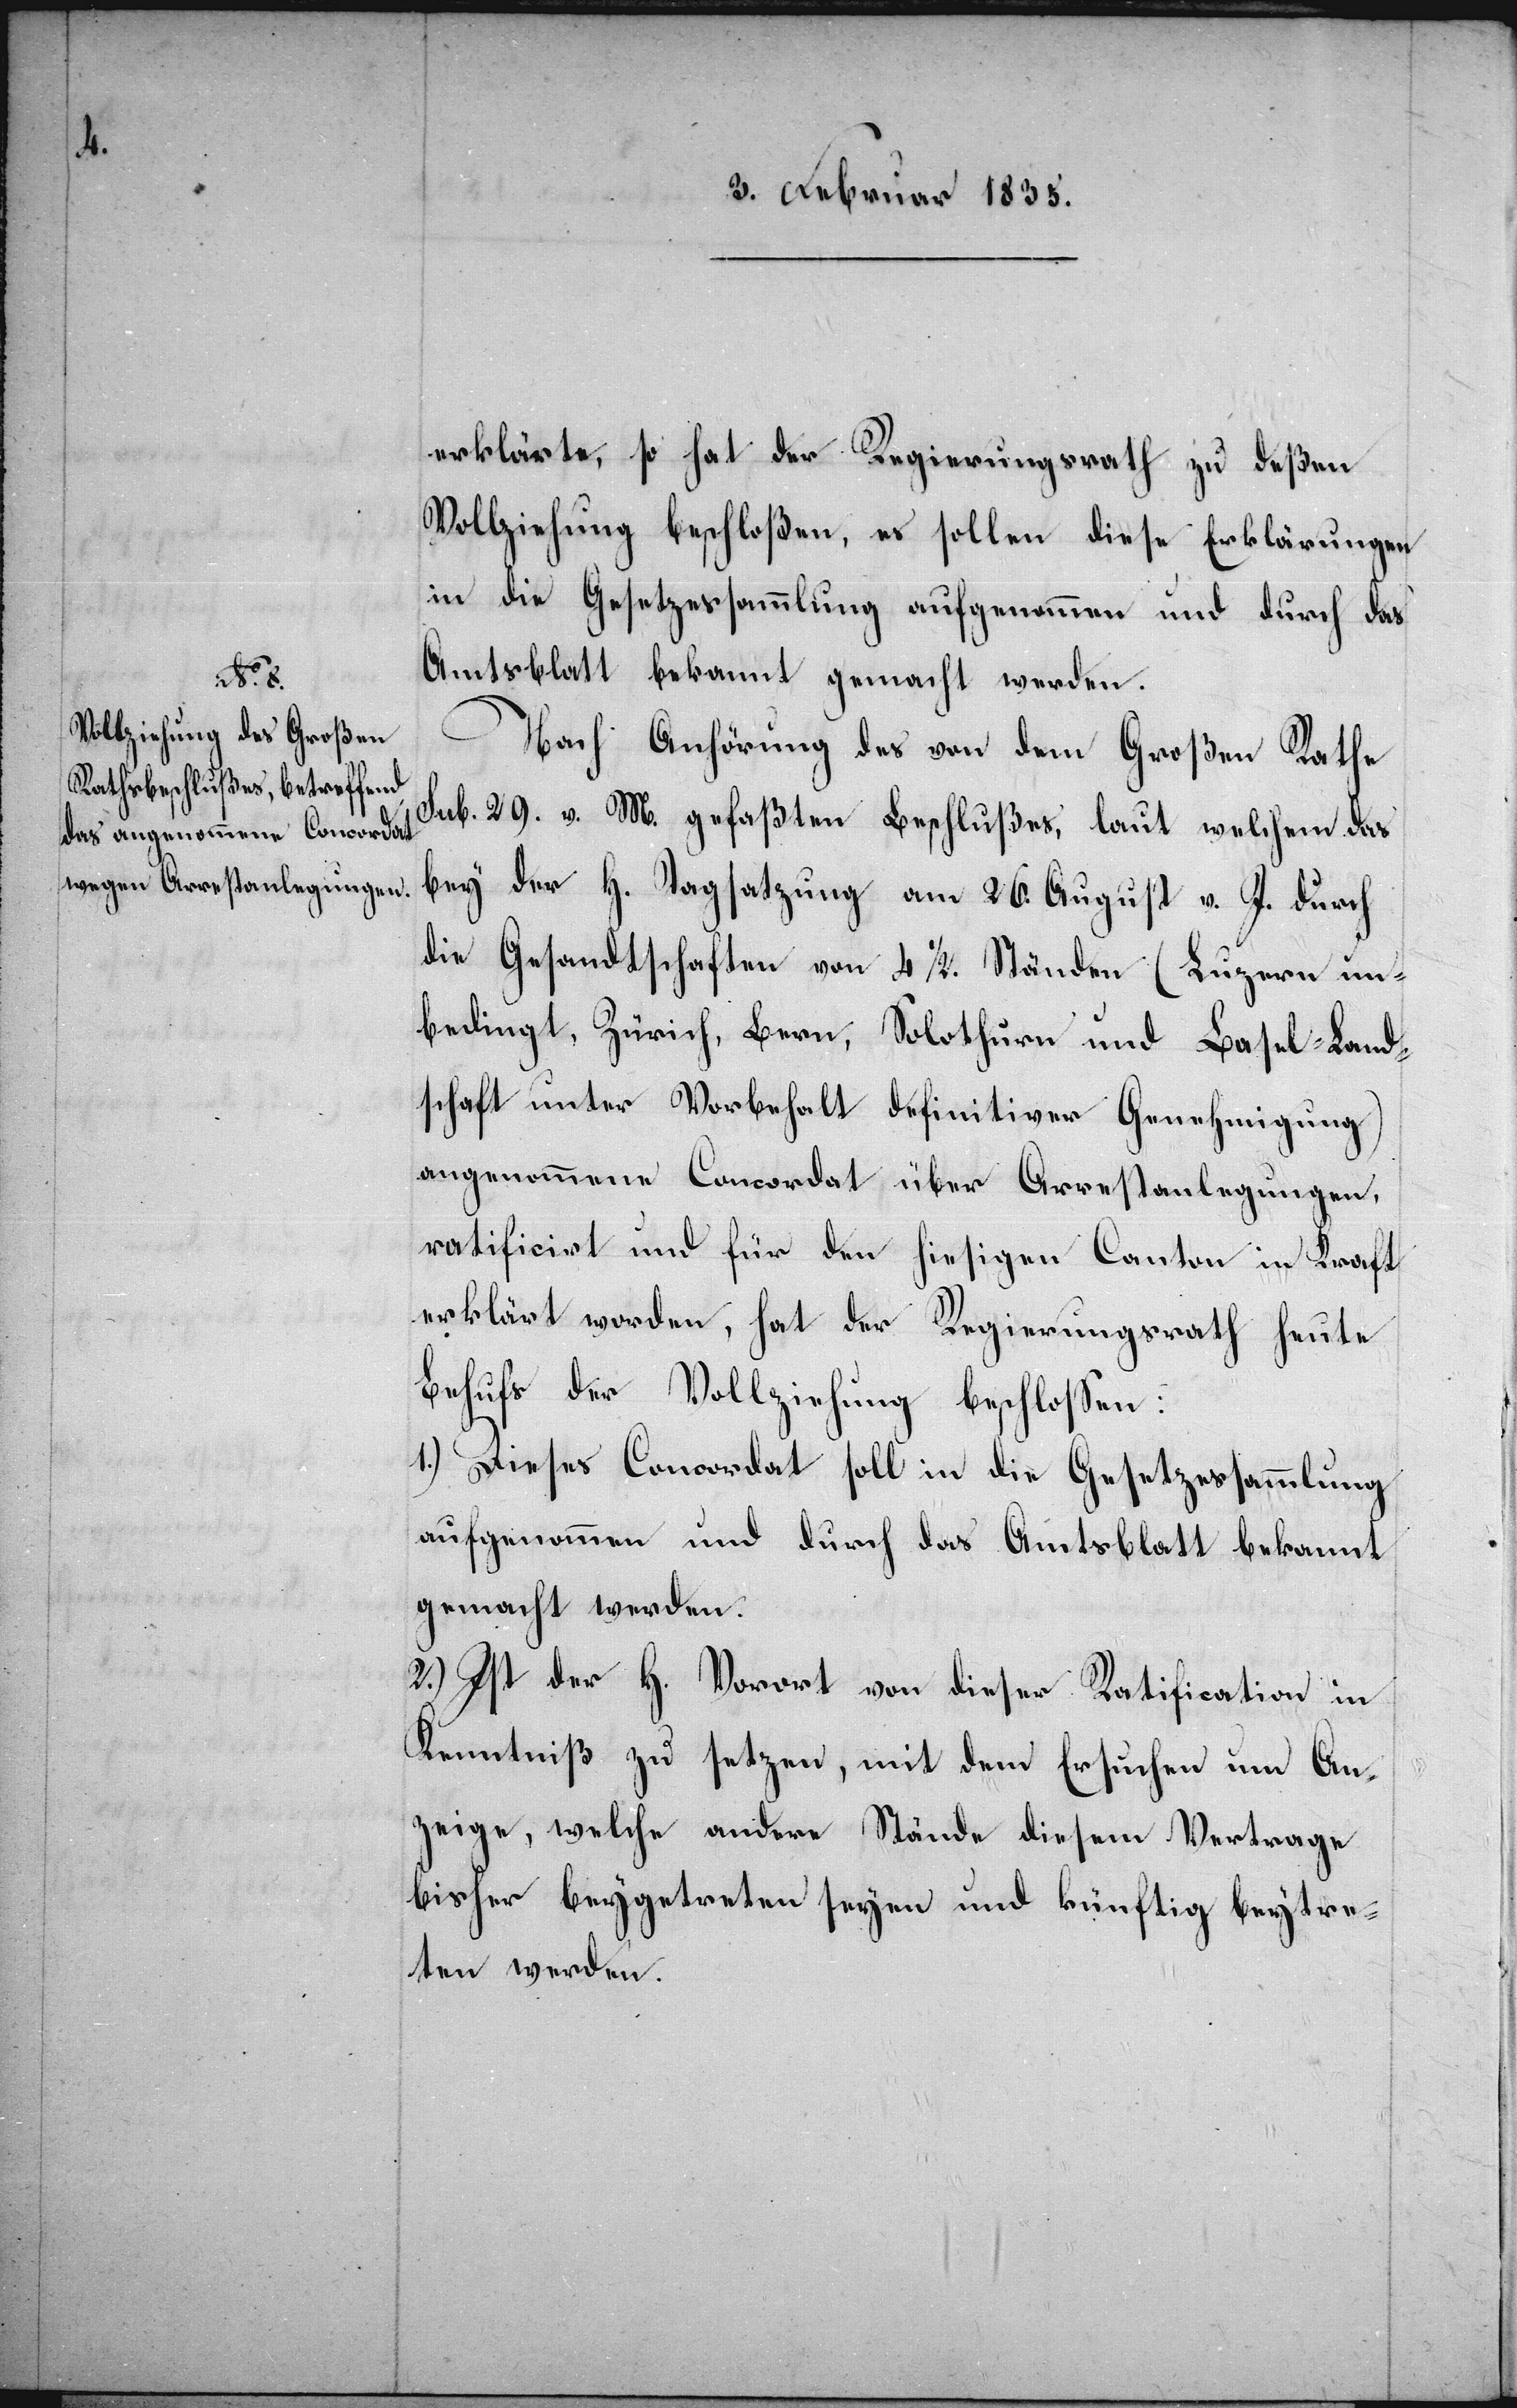
erklärte, so hat der Regierungsrath zu deßen
Vollziehung beschloßen, es sollen diese Erklärungen
in die Gesetzessammlung aufgenommen und durch das
Amtsblatt bekannt gemacht werden.
Nach Anhörung des von dem Großen Rathe
sub. 29. v. M. gefaßten Beschlußes, laut welchem das
bey der H. Tagsatzung am 26. August v. J. durch
die Gesandtschaften von 4 1/2. Ständen (Luzern un¬
bedingt, Zürich, Bern, Solothurn und Basel-Land¬
schaft unter Vorbehalt definitiver Genehmigung)
angenommene Concordat über Arrestanlegungen,
ratificirt und für den hiesigen Canton in Kraft
erklärt worden, hat der Regierungsrath heute
Behufs der Vollziehung beschloßen:
1.) Dieses Concordat soll in die Gesetzessammlung
aufgenommen und durch das Amtsblatt bekannt
gemacht werden.
2.) Ist der H. Vorort von dieser Ratification in
Kenntniß zu setzen, mit dem Ersuchen um An¬
zeige, welche andere Stände diesem Vertrage
bisher beygetreten seyen und künftig beytre¬
ten werden.